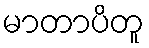
မာတာပိတူ